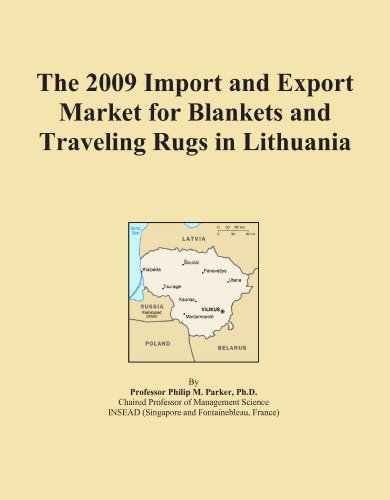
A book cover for The 2009 Import and Export Market for Blankets and Traveling Rugs in Lithuania; Icon Group International; Travel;